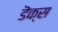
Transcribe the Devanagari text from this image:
डॆक्स